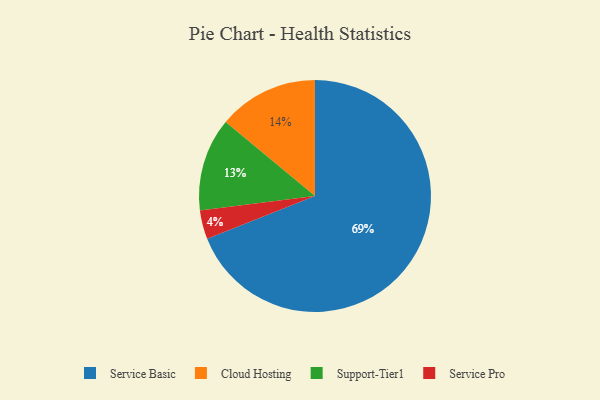
{"axis": {"x": "Category", "y": "Percentage"}, "legend": ["Cloud Hosting", "Service Basic", "Service Pro", "Support-Tier1"], "data": [{"x": "Cloud Hosting", "y": 14, "type": "Cloud Hosting"}, {"x": "Service Pro", "y": 4, "type": "Service Pro"}, {"x": "Service Basic", "y": 69, "type": "Service Basic"}, {"x": "Support-Tier1", "y": 13, "type": "Support-Tier1"}]}